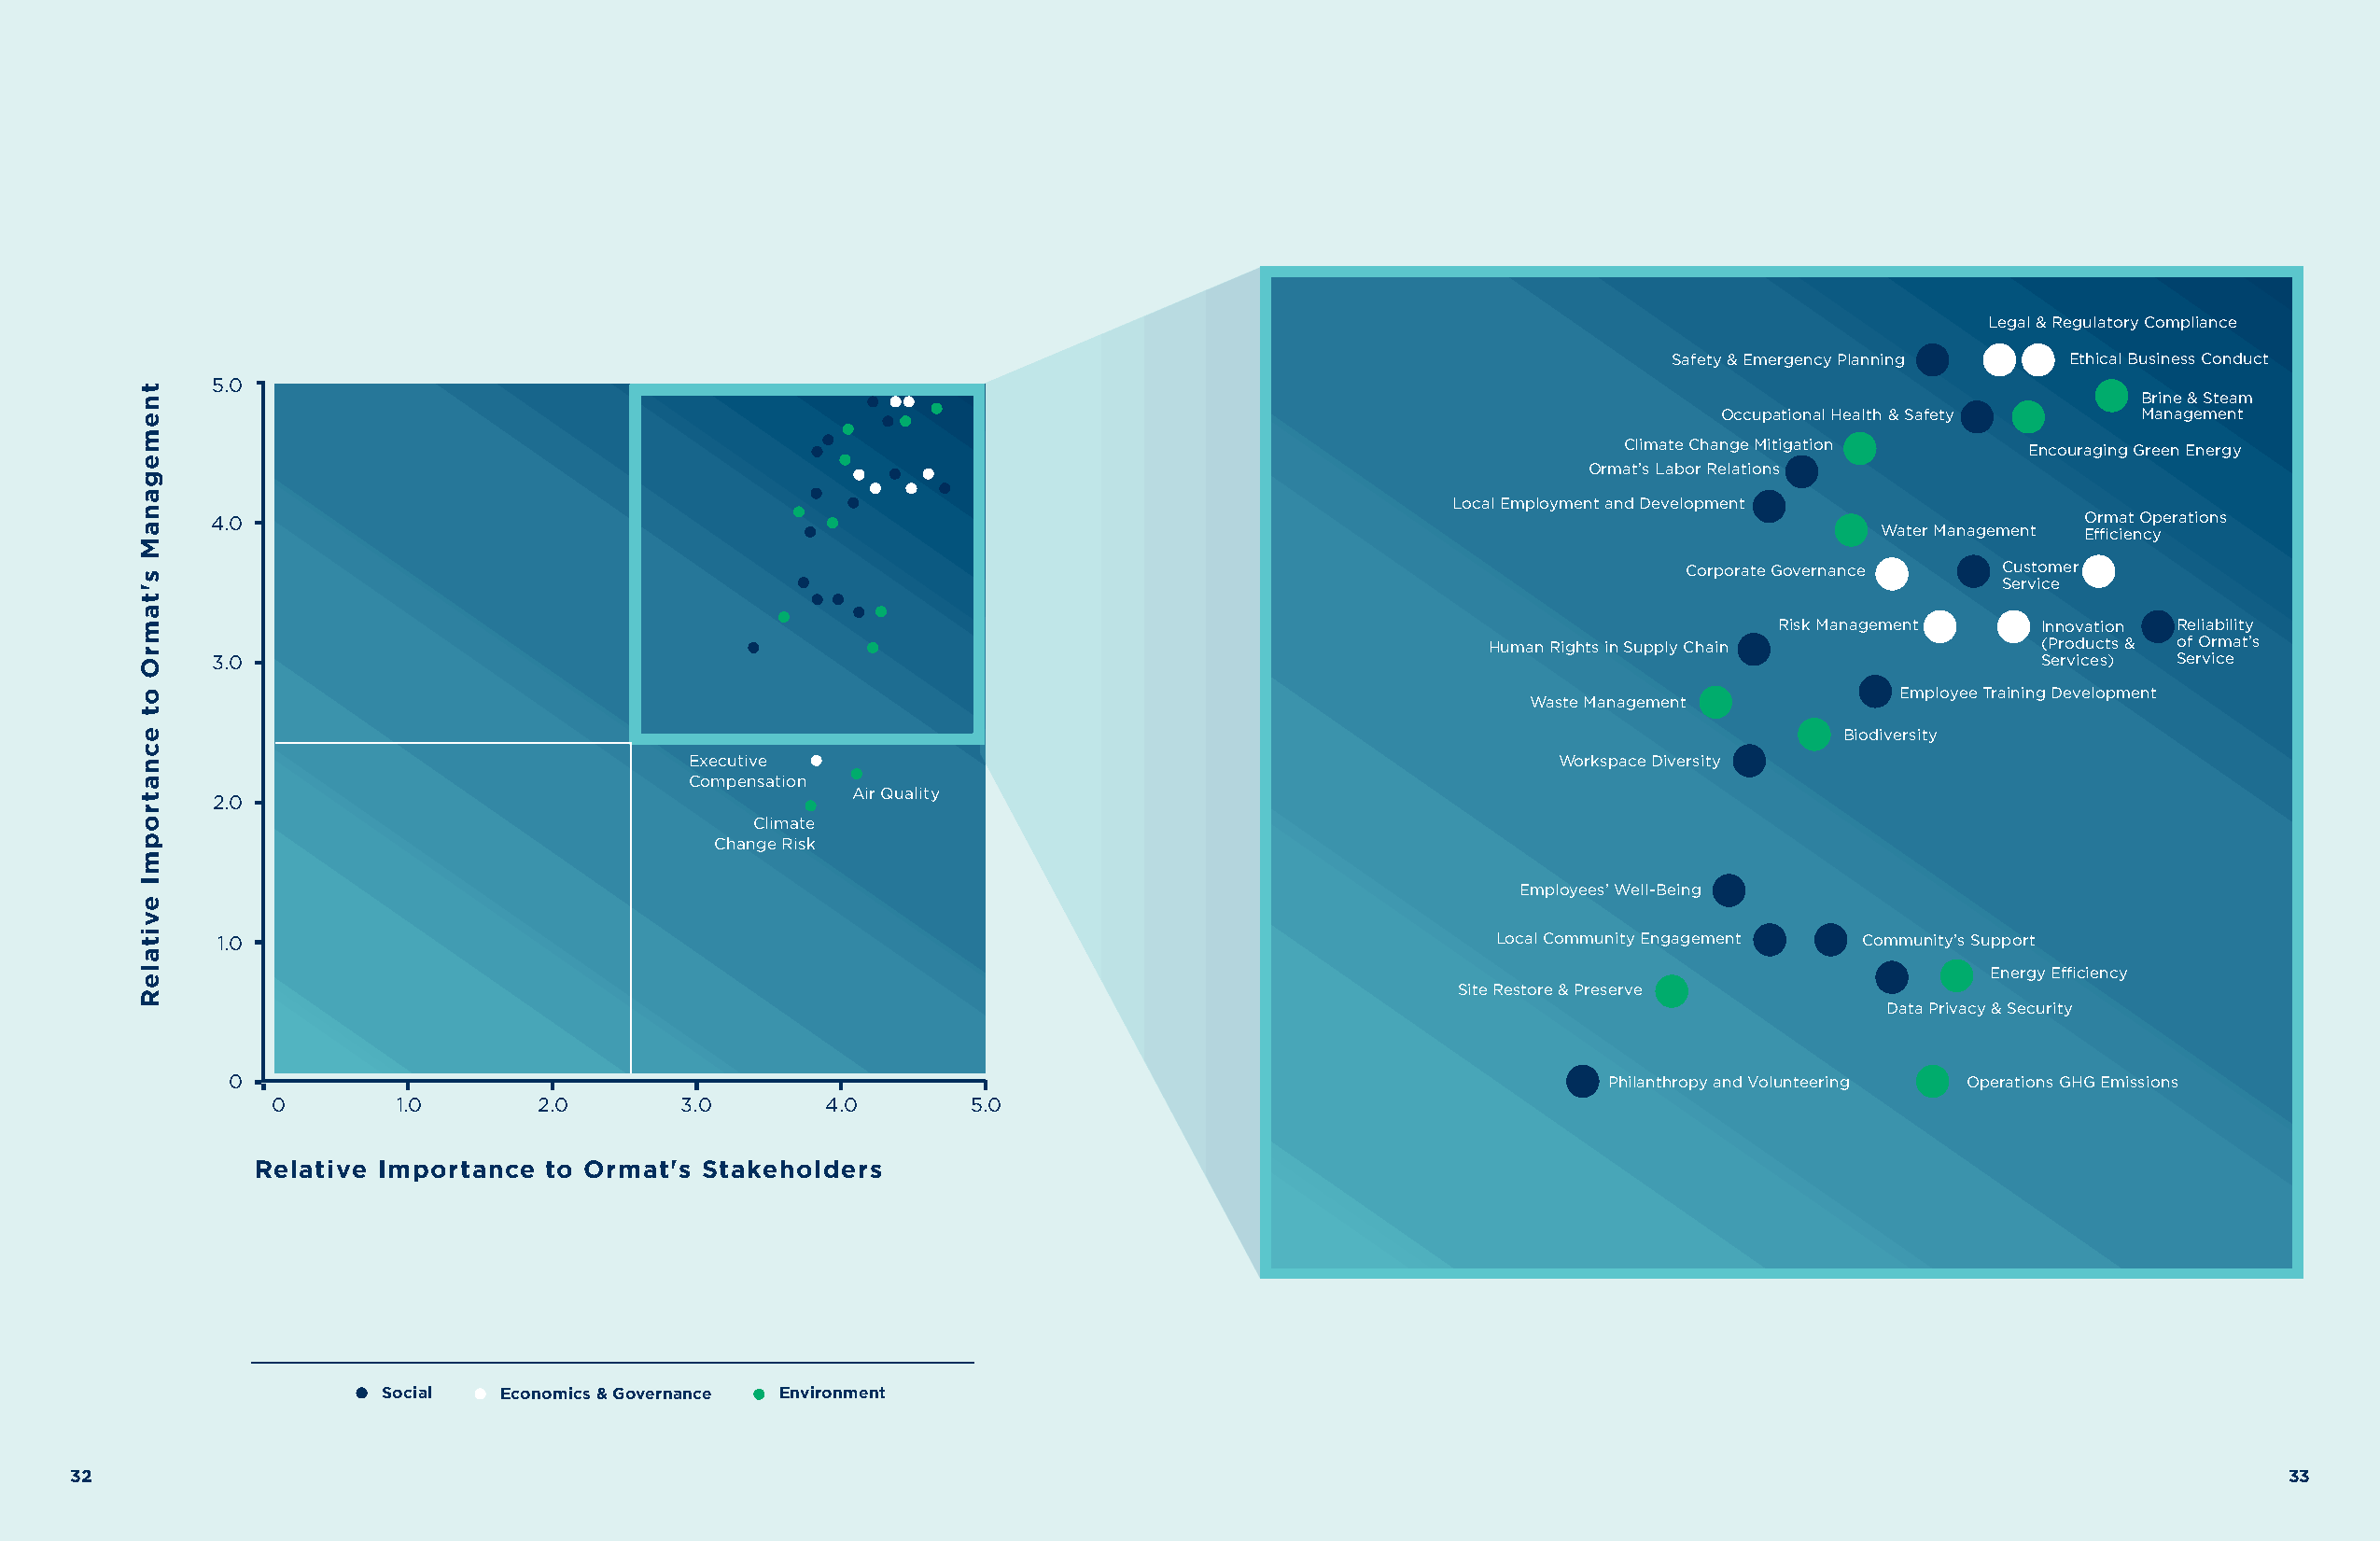
Legal & Regulatory Compliance
 Safety & Emergency Planning Ethical Business Conduct
 5.0
 Brine & Steam
 Occupational Health & Safety  Management
 Climate Change Mitigation    Encouraging Green Energy
 Ormat’s Labor Relations
 Local Employment and Development
 4.0                                                                                                                                  Ormat Operations
 Water Management Efficiency
 Corporate Governance  Customer
 Service
 Risk Management    Innovation Reliability
 Human Rights in Supply Chain           (Products & of Ormat’s
 3.0                                                                                                                               Services) Service
 Employee Training Development
 Waste Management
 Biodiversity
 Executive                                                     Workspace Diversity
 Compensation
 Air Quality
 2.0
 Climate
 Change Risk
 Employees’ Well-Being
 1.0                                                                                        Local Community Engagement Community’s Support
 Energy Efficiency
 Site Restore & Preserve
 Data Privacy & Security
 0                                                                                                 Philanthropy and Volunteering Operations GHG Emissions
 0        1.0       2.0       3.0        4.0       5.0
 Relative Importance  to Ormat's Stakeholders
 Social   Economics & Governance Environment
 3322                                                                                                                                                         3333
 tnemeganaM
 s'tamrO
 ot
 ecnatropmI
 evitaleR